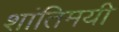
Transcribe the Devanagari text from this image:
शांतिमयी